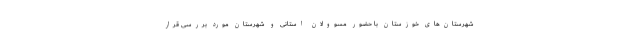
شهرستان‌های خوزستان با حضور مسوولان استانی و شهرستان مورد بررسی قرار